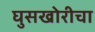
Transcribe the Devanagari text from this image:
घुसखोरीचा